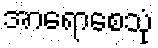
အာရောစေသုံ